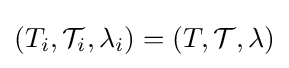
(T_{i},{\mathcal {T}}_{i},\lambda _{i})=(T,{\mathcal {T}},\lambda )